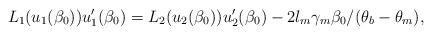
LaTeX: \begin{align*} L_1(u_1(\beta_0))u_1'(\beta_0)=L_2(u_2(\beta_0)) u_2'(\beta_0)-2l_m\gamma_m\beta_0/(\theta_b-\theta_m),\end{align*}